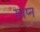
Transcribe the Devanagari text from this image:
स्वप्‍न